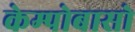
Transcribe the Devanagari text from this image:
केम्पोबासो